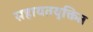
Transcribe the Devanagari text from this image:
सहायतयुक्तित